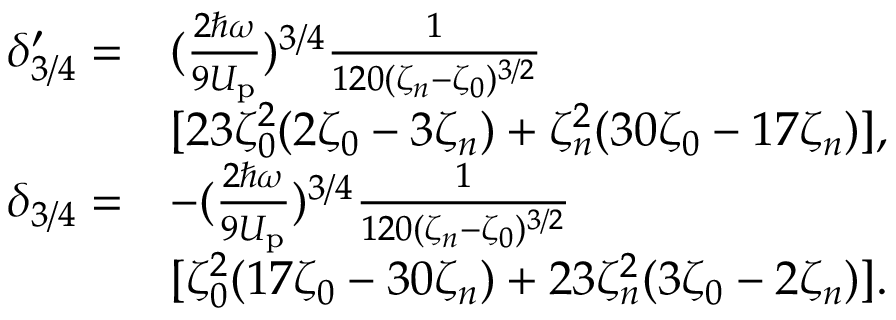
\begin{array} { r l } { \delta _ { 3 / 4 } ^ { \prime } = } & { ( \frac { 2 \hbar \omega } { 9 U _ { \mathrm { p } } } ) ^ { 3 / 4 } \frac { 1 } { 1 2 0 ( \zeta _ { n } - \zeta _ { 0 } ) ^ { 3 / 2 } } } \\ & { [ 2 3 \zeta _ { 0 } ^ { 2 } ( 2 \zeta _ { 0 } - 3 \zeta _ { n } ) + \zeta _ { n } ^ { 2 } ( 3 0 \zeta _ { 0 } - 1 7 \zeta _ { n } ) ] , } \\ { \delta _ { 3 / 4 } = } & { - ( \frac { 2 \hbar \omega } { 9 U _ { \mathrm { p } } } ) ^ { 3 / 4 } \frac { 1 } { 1 2 0 ( \zeta _ { n } - \zeta _ { 0 } ) ^ { 3 / 2 } } } \\ & { [ \zeta _ { 0 } ^ { 2 } ( 1 7 \zeta _ { 0 } - 3 0 \zeta _ { n } ) + 2 3 \zeta _ { n } ^ { 2 } ( 3 \zeta _ { 0 } - 2 \zeta _ { n } ) ] . } \end{array}